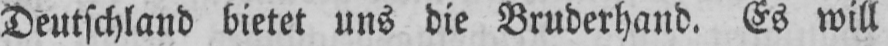
Deutschland bietet uns die Bruderhand. Es will